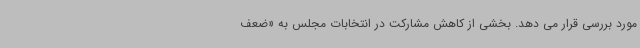
مورد بررسی قرار می دهد. بخشی از کاهش مشارکت در انتخابات مجلس به «ضعف